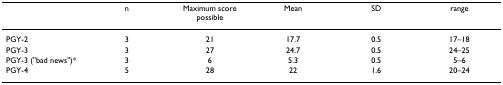
|  | n | Maximum score possible | Mean | SD | range |
 | --- | --- | --- | --- | --- | --- |
 | PGY-2 | 3 | 21 | 17.7 | 0.5 | 17–18 |
 | PGY-3 | 3 | 27 | 24.7 | 0.5 | 24–25 |
 | PGY-3 ("bad news")* | 3 | 6 | 5.3 | 0.5 | 5–6 |
 | PGY-4 | 5 | 28 | 22 | 1.6 | 20–24 |